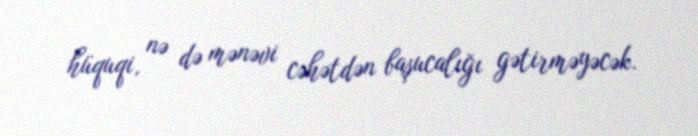
hüquqi, nə də mənəvi cəhətdən başucalığı gətirməyəcək.